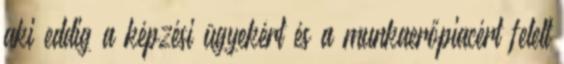
aki eddig a képzési ügyekért és a munkaerőpiacért felelt